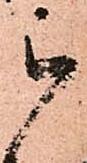
被